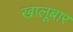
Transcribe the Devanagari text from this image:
खालूबार